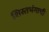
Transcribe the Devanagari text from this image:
शिस्तभंगाची